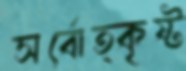
সর্বোত্কৃষ্ট